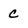
Character: c